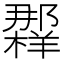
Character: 𲆠